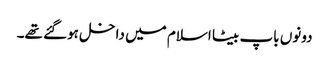
دونوں باپ بیٹا اسلام میں داخل ہوگئے تھے۔